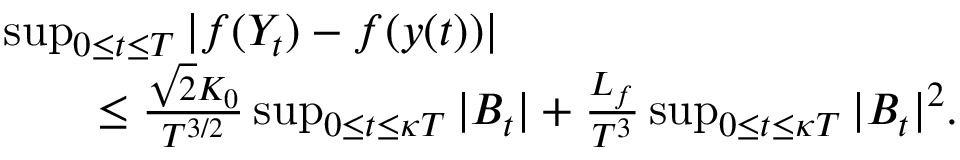
\begin{array} { r l } & { \operatorname* { s u p } _ { 0 \le t \le T } | f ( Y _ { t } ) - f ( y ( t ) ) | } \\ & { \qquad \le \frac { \sqrt { 2 } K _ { 0 } } { T ^ { 3 / 2 } } \operatorname* { s u p } _ { 0 \le t \le \kappa T } | B _ { t } | + \frac { L _ { f } } { T ^ { 3 } } \operatorname* { s u p } _ { 0 \le t \le \kappa T } | B _ { t } | ^ { 2 } . } \end{array}